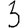
Digit: 3